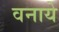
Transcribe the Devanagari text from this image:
वनाये